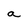
Character: a